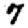
Digit: 7